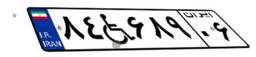
۸۴W۶۸۹۰۶